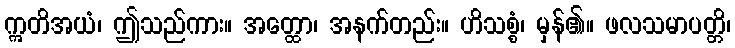
ဣတိအယံ၊ ဤသည်ကား။ အတ္ထော၊ အနက်တည်း။ ဟိသစ္စံ၊ မှန်၏။ ဖလသမာပတ္တိ၊